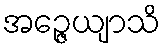
အဉ္ဇေယျာသိ